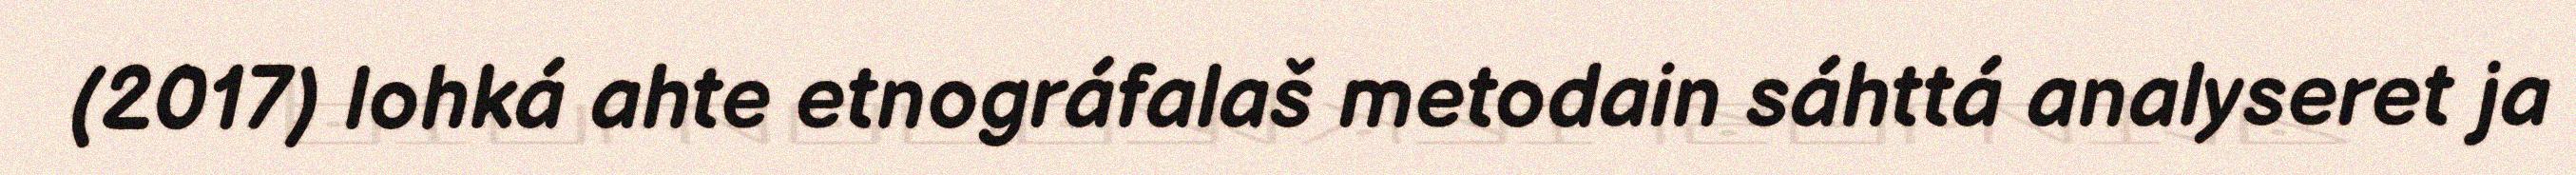
(2017) lohká ahte etnográfalaš metodain sáhttá analyseret ja